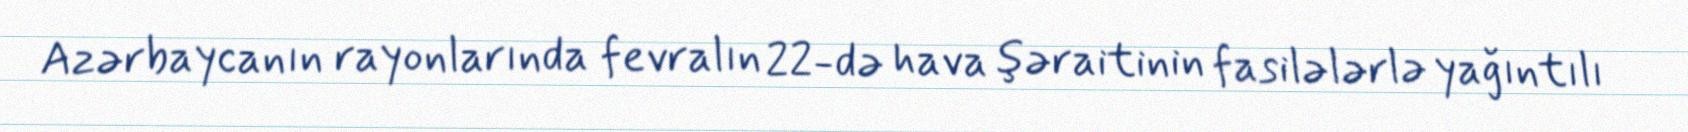
Azərbaycanın rayonlarında fevralın 22-də hava şəraitinin fasilələrlə yağıntılı